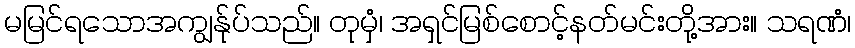
မမြင်ရသောအကျွန်ုပ်သည်။ တုမှံ၊ အရှင်မြစ်စောင့်နတ်မင်းတို့အား။ သရဏံ၊